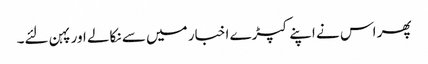
پھر اس نے اپنے کپڑے اخبار میں سے نکالے اور پہن لئے۔